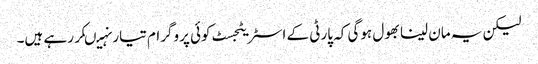
لیکن یہ مان لینا بھول ہوگی کہ پارٹی کے اسٹریٹجسٹ کوئی پروگرام تیار نہیںکررہے ہیں۔